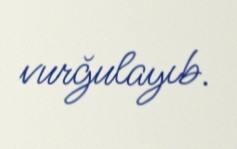
vurğulayıb.